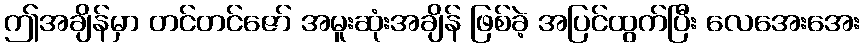
ဤအချိန်မှာ တင်တင်ဇော် အမူးဆုံးအချိန် ဖြစ်ခဲ့ အပြင်ထွက်ပြီး လေအေးအေး